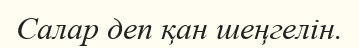
Салар деп қан шеңгелін.